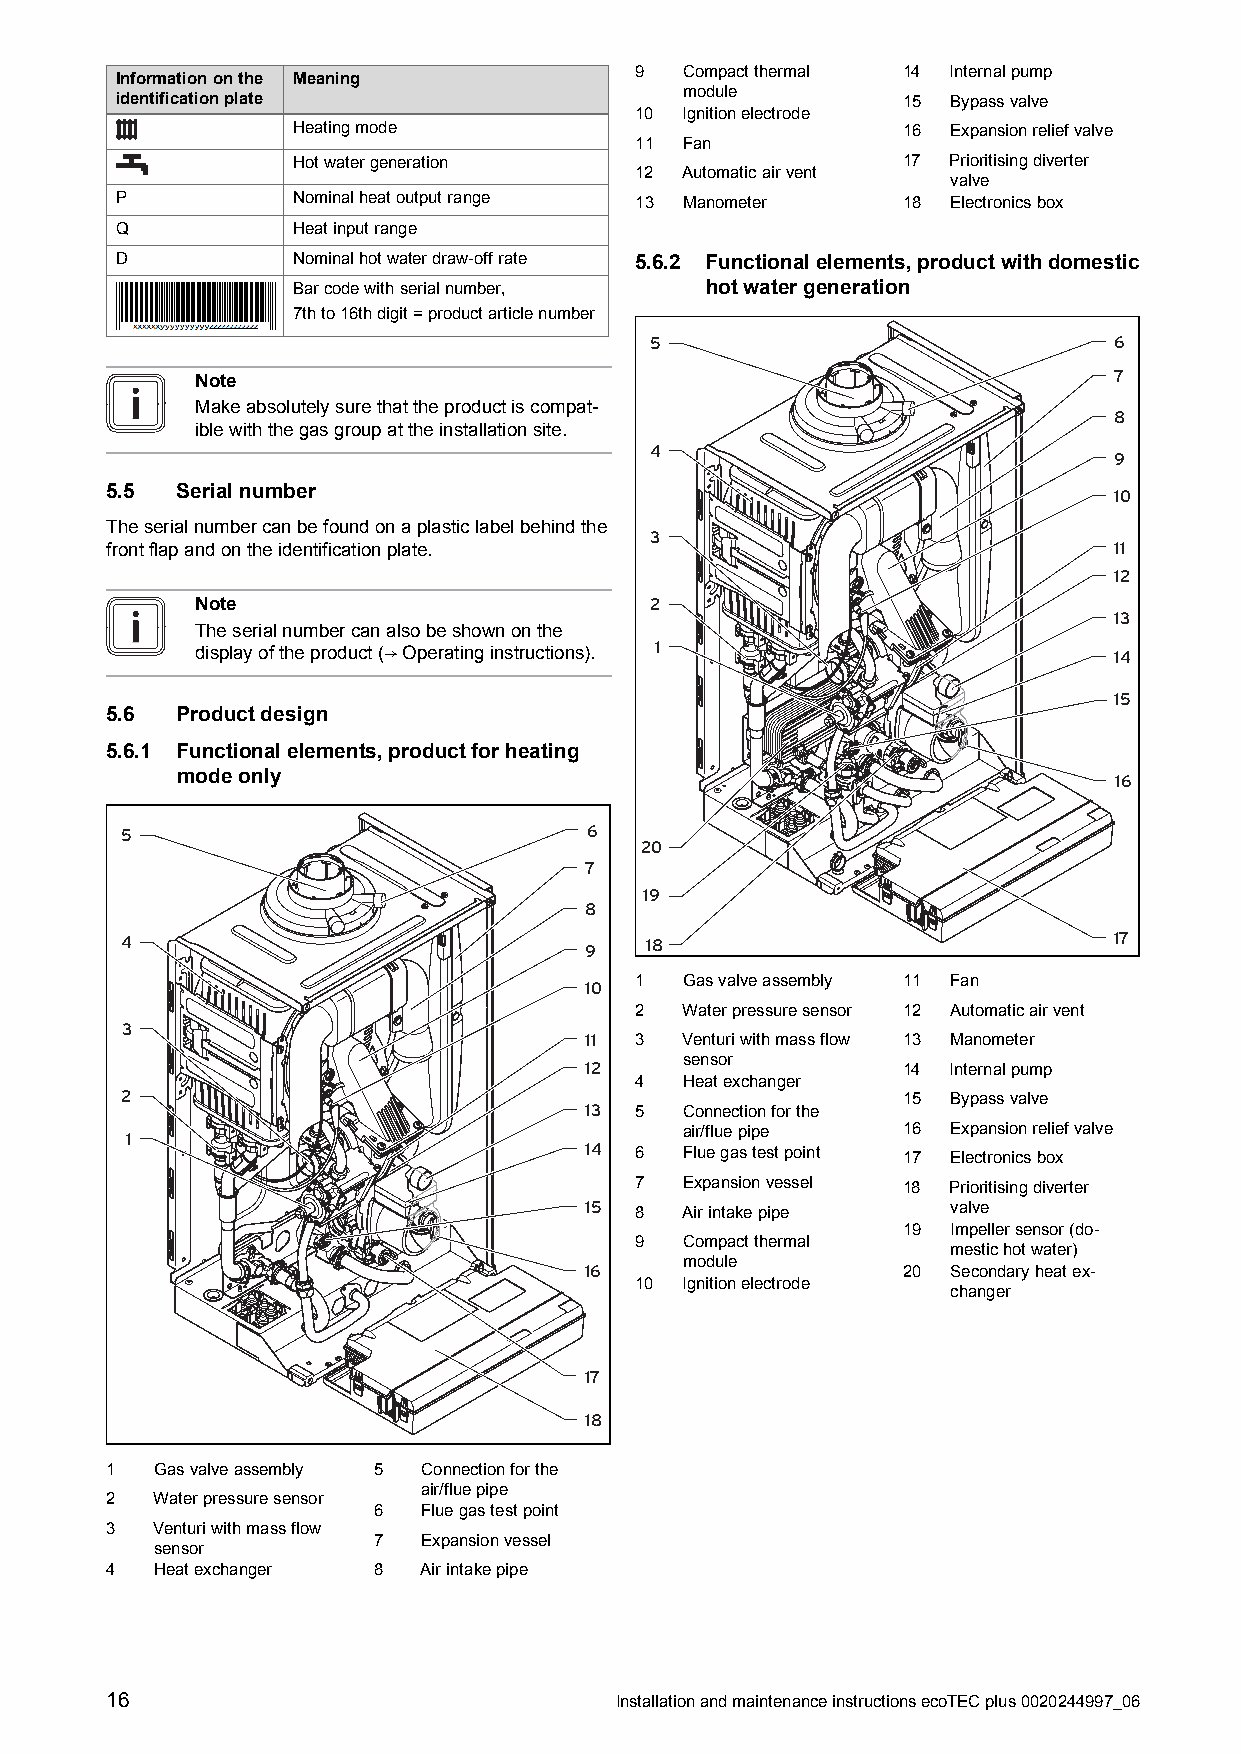
9  Compactthermal 14 Internalpump
 Informationonthe Meaning
 module
 identificationplate                                 15 Bypassvalve
 10 Ignitionelectrode
 Heatingmode                              16 Expansionreliefvalve
 11 Fan
 Hotwatergeneration                       17 Prioritisingdiverter
 12 Automaticairvent
 valve
 P          Nominalheatoutputrange 13 Manometer      18 Electronicsbox
 Q          Heatinputrange
 D          Nominalhotwaterdraw-offrate 5.6.2 Functionalelements,productwithdomestic
 Barcodewithserialnumber,    hotwatergeneration
 7thto16thdigit=productarticlenumber
 5                              6
 7
 Note
 Makeabsolutelysurethattheproductiscompat-
 8
 iblewiththegasgroupattheinstallationsite.
 4
 9
 5.5  Serialnumber                                                  10
 Theserialnumbercanbefoundonaplasticlabelbehindthe
 3
 frontflapandontheidentificationplate.                              11
 12
 Note                          2
 13
 Theserialnumbercanalsobeshownonthe
 1
 displayoftheproduct(→Operatinginstructions).                 14
 15
 5.6  Productdesign
 5.6.1 Functionalelements,productforheating
 modeonly                                                      16
 5                              6
 20
 7
 19
 8
 4                              9   18                             17
 10 1  Gasvalveassembly 11 Fan
 2  Waterpressuresensor 12 Automaticairvent
 3
 11 3  Venturiwithmassflow 13 Manometer
 12    sensor         14 Internalpump
 4  Heatexchanger
 2                                                   15 Bypassvalve
 13 5  Connectionforthe
 1                                    air/fluepipe   16 Expansionreliefvalve
 14
 6  Fluegastestpoint 17 Electronicsbox
 7  Expansionvessel 18 Prioritisingdiverter
 15 8  Airintakepipe     valve
 19 Impellersensor(do-
 9  Compactthermal
 mestichotwater)
 module
 16                   20 Secondaryheatex-
 10 Ignitionelectrode
 changer
 17
 18
 1  Gasvalveassembly 5 Connectionforthe
 air/fluepipe
 2  Waterpressuresensor
 6  Fluegastestpoint
 3  Venturiwithmassflow
 7  Expansionvessel
 sensor
 4  Heatexchanger  8  Airintakepipe
 16                                InstallationandmaintenanceinstructionsecoTECplus0020244997_06